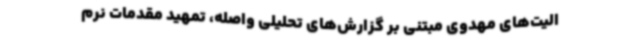
الیت‌های مهدوی مبتنی بر گزارش‌های تحلیلی واصله، تمهید مقدمات نرم‌